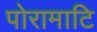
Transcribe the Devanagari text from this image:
पोरामाटि